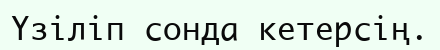
Үзіліп сонда кетерсің.